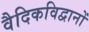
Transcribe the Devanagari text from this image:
वैदिकविद्वानों